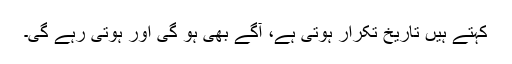
کہتے ہیں تاریخ تکرار ہوتی ہے، آگے بھی ہو گی اور ہوتی رہے گی۔